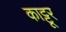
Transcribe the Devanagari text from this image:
काट्टूर